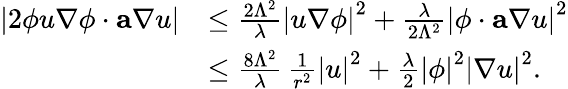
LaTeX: \begin{array}{rl}{\left|2\phi u\nabla\phi\cdot\mathbf{a}\nabla u\right|}&{\leq\frac{2\Lambda^{2}}{\lambda}\left|u\nabla\phi\right|^{2}+\frac{\lambda}{2\Lambda^{2}}\left|\phi\cdot\mathbf{a}\nabla u\right|^{2}}\\ &{\leq\frac{8\Lambda^{2}}{\lambda}\, \frac{1}{r^{2}}\left|u\right|^{2}+\frac{\lambda}{2}\left|\phi\right|^{2}\left|\nabla u\right|^{2}.}\end{array}